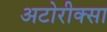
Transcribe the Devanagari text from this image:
अटोरीक्सा